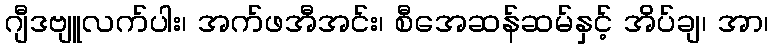
ဂျီဒဗျူလက်ပါး၊ အက်ဖအီအင်း၊ စီအေဆန်ဆမ်နှင့် အိပ်ချ၊ အာ၊